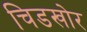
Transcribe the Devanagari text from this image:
चिडखोर